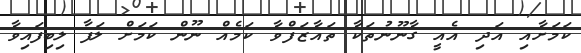
ކަމަށާއި އަދި އެއީ ގާނޫނުތަކާ ތައާޒަފްވާ ކަމެއް ނޫން ކަމަށް ލަފާ ލިބިފައިވާ